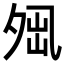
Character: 𡖕